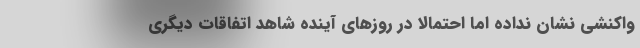
واکنشی نشان نداده اما احتمالاً در روزهای آینده شاهد اتفاقات دیگری